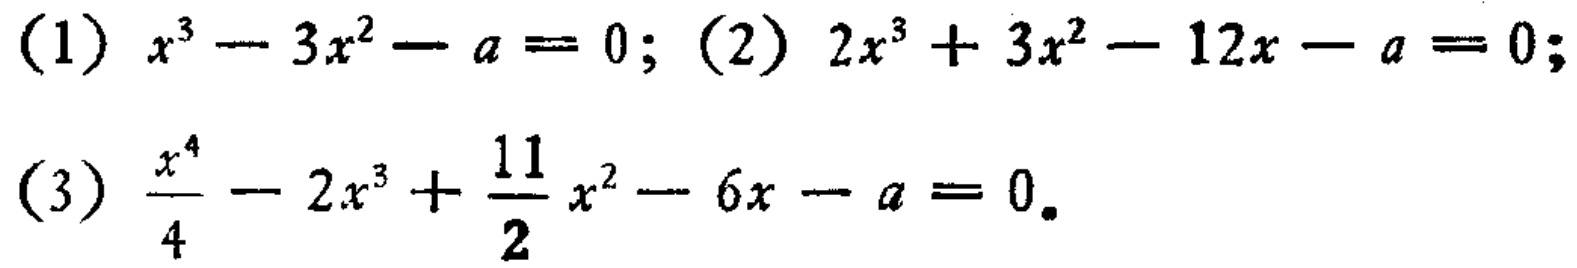
(1) \(x^{3}-3x^{2}-a = 0\); (2) \(2x^{3}+3x^{2}-12x - a = 0\); (3) \(\frac{x^{4}}{4}-2x^{3}+\frac{11}{2}x^{2}-6x - a = 0\)